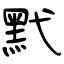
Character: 黓